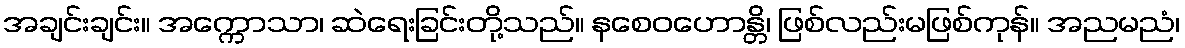
အချင်းချင်း။ အက္ကောသာ၊ ဆဲရေးခြင်းတို့သည်။ နစေဝဟောန္တိ၊ ဖြစ်လည်းမဖြစ်ကုန်။ အညမညံ၊